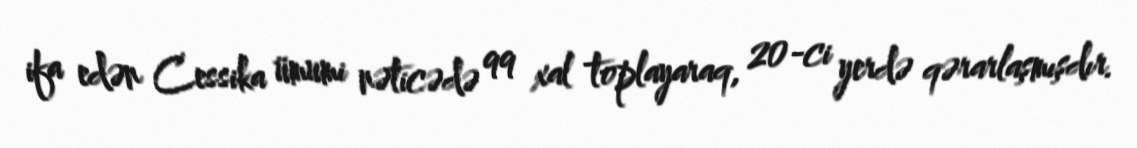
ifa edən Cessika ümumi nəticədə 99 xal toplayaraq, 20-ci yerdə qərarlaşmışdır.